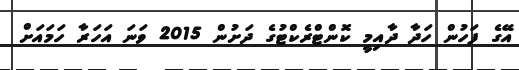
އޭގެ ފަހުން ހަދާ ދާއިމީ ކޮންޓްރެކްޓުގެ ދަށުން 2015 ވަނަ އަހަރާ ހަމައަށް